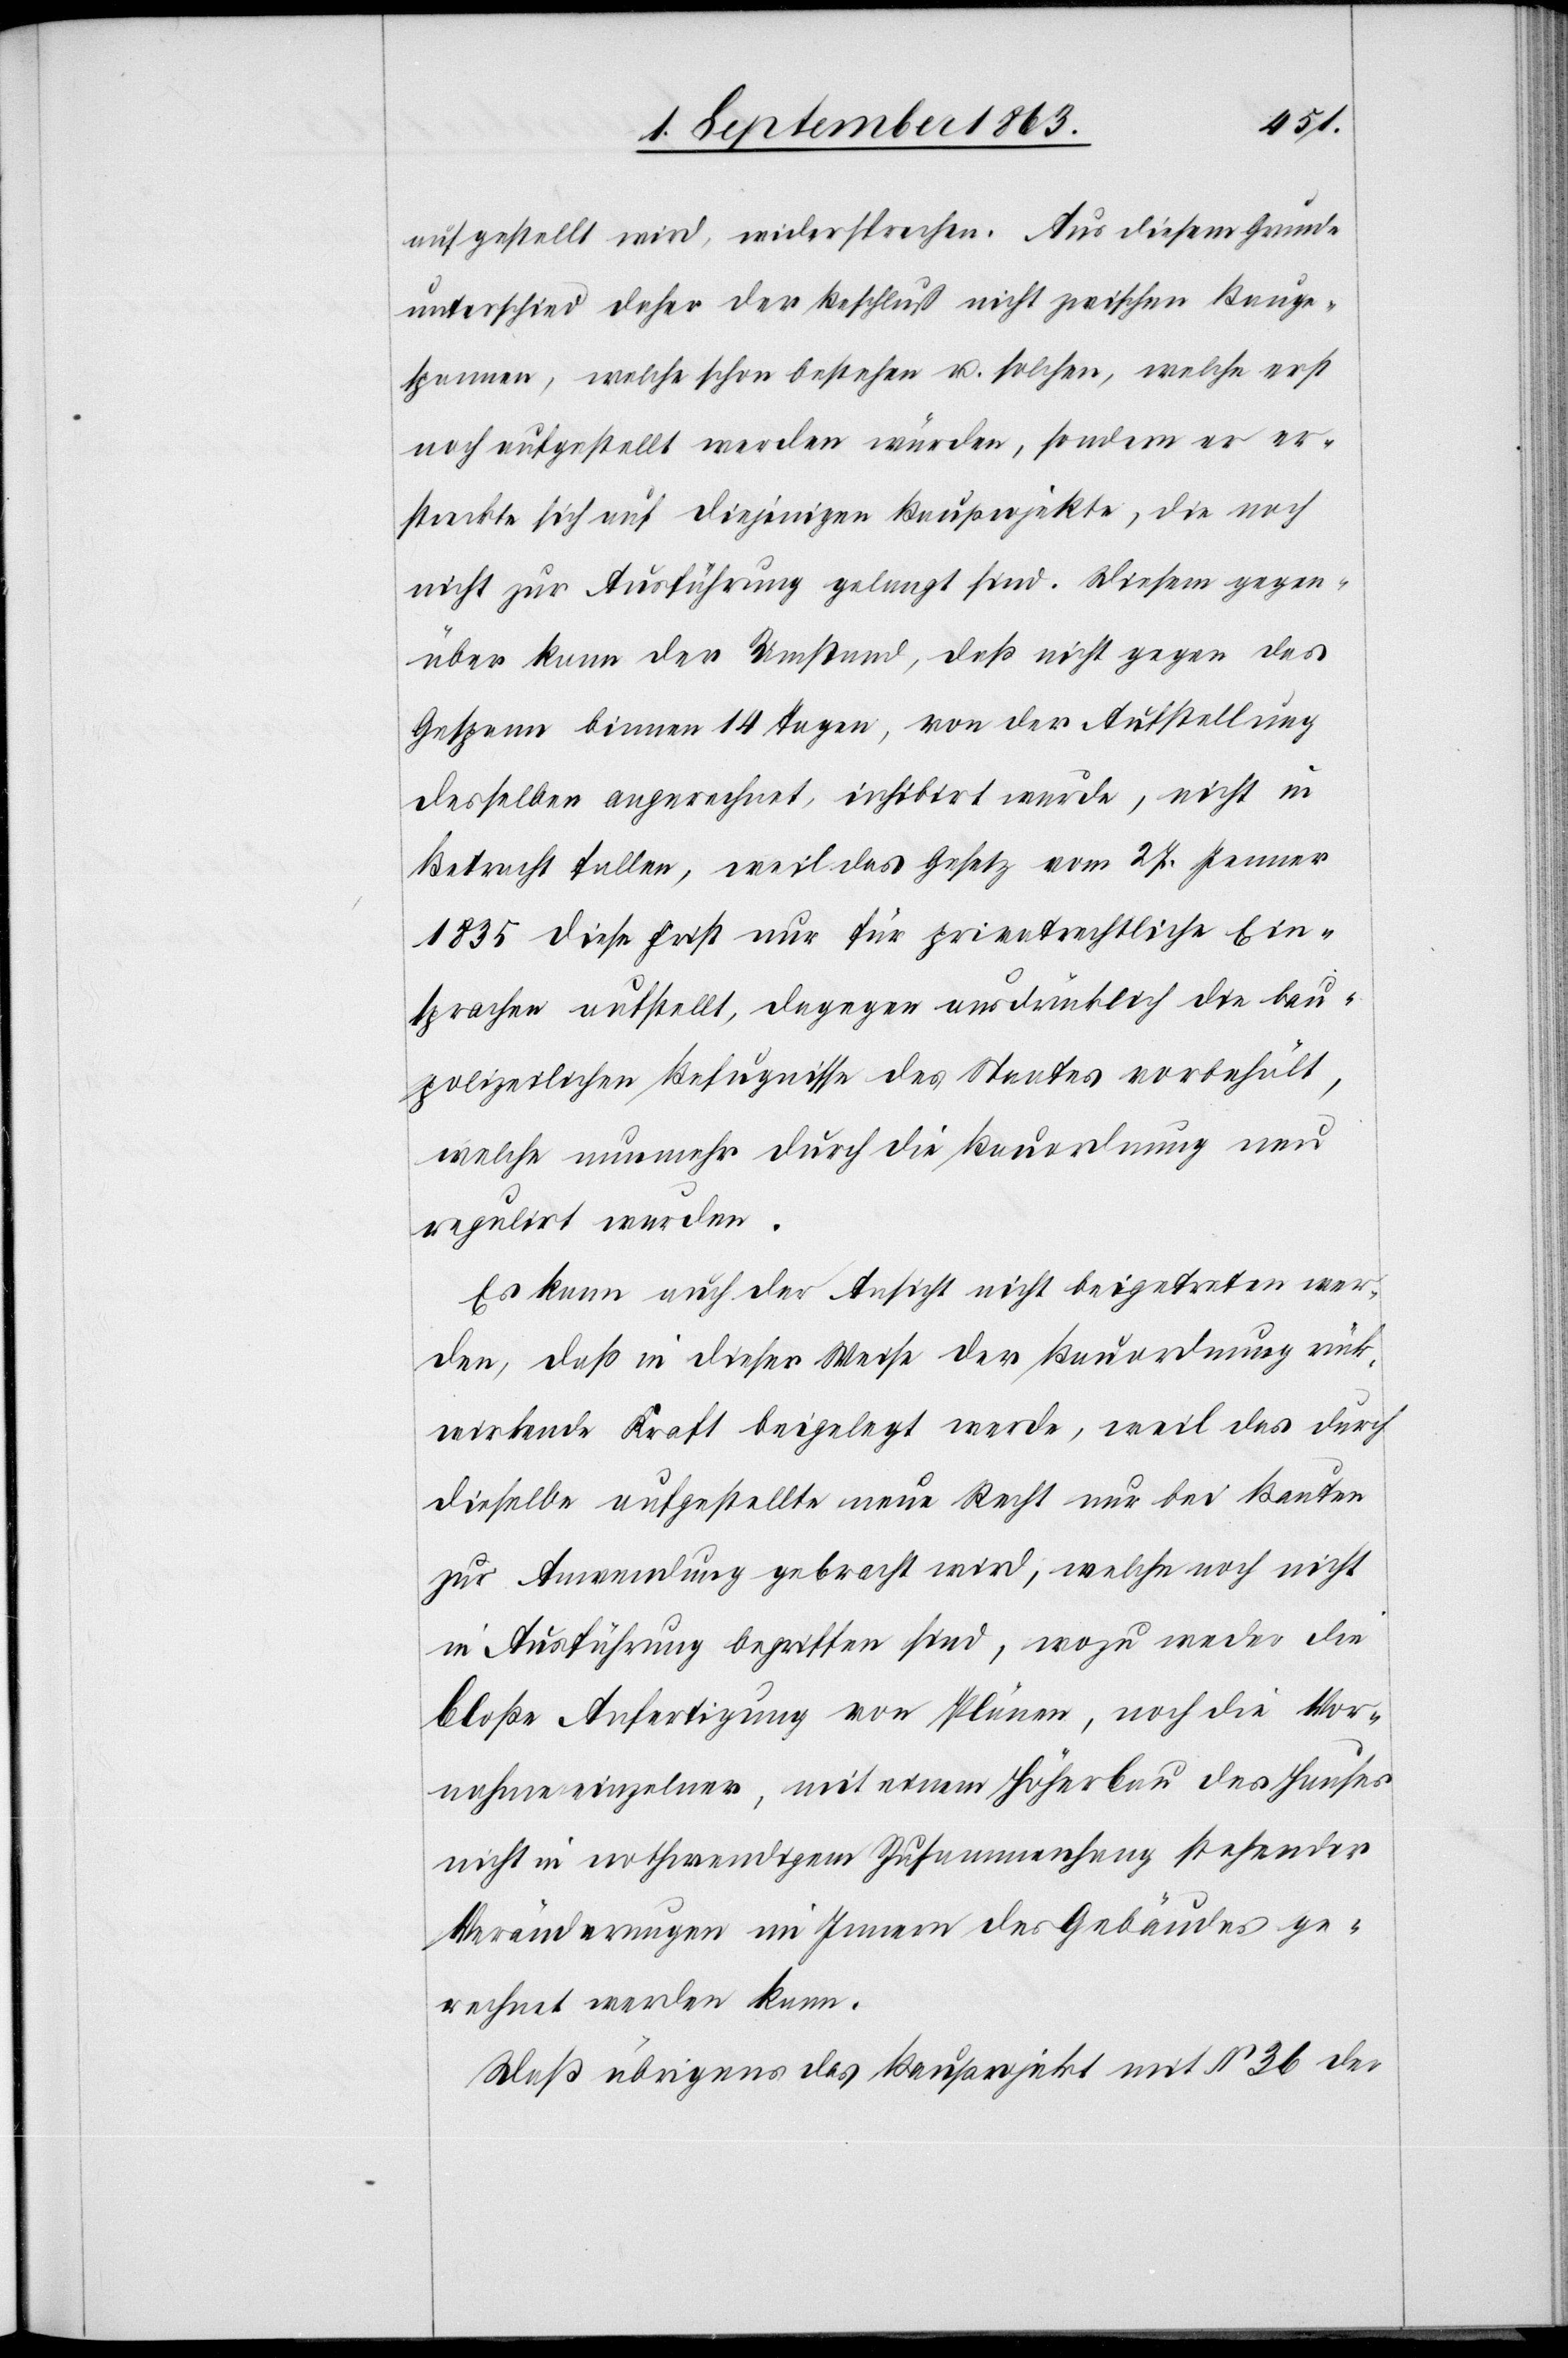
aufgestellt wird, widersprechen. Aus diesem Grunde
unterschied daher der Beschluß nicht zwischen Bauge¬
spannen, welche schon bestehen u. solchen, welche erst
noch aufgestellt werden würden, sondern er er¬
streckte sich auf diejenigen Bauprojekte, die noch
nicht zur Ausführung gelangt sind. Diesem gegen¬
über kann der Umstand, daß nicht gegen das
Gespann binnen 14 Tagen, von der Aufstellung
desselben angerechnet, inhibirt wurde, nicht in
Betracht fallen, weil das Gesetz vom 27. Jenner
1835 diese Frist nur für privatrechtliche Ein¬
sprachen aufgestellt, dagegen ausdrücklich die bau¬
polizeilichen Befugnisse des Staates vorbehält,
welche nunmehr durch die Bauordnung neu
regulirt wurden.
Es kann auch der Ansicht nicht beigetreten wer¬
den, daß in dieser Weise der Bauordnung rück¬
wirkende Kraft beigelegt werde, weil das durch
dieselbe aufgestellte neue Recht nur bei Bauten
zur Anwendung gebracht wird, welche noch nicht
in Ausführung begriffen sind, wozu weder die
bloße Anfertigung von Plänen, noch die Vor¬
nahme einzelner, mit einem Höherbau des Hauses
nicht in nothwendigem Zusammenhang stehender
Veränderungen im Innern des Gebäudes ge¬
rechnet werden kann.
Daß übrigens das Bauprojekt mit § 36 der